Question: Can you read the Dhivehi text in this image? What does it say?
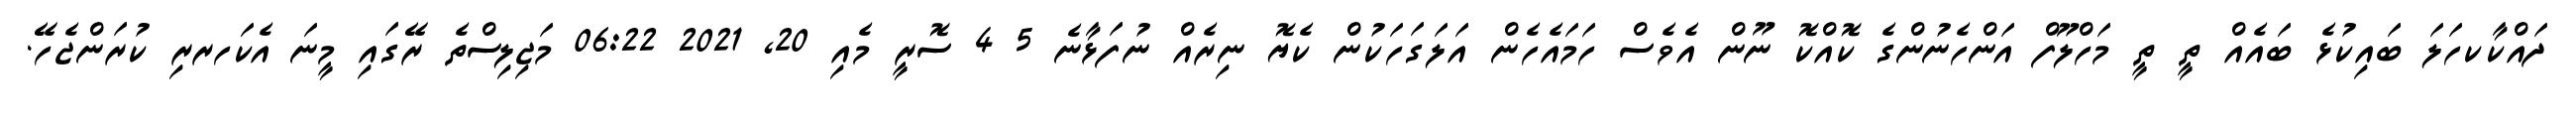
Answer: ދައްކާކހަލަ ބައިކުޅެ ބައެއް ތީ ތީ މަހްލޫފް އަންހެނުންގެ ކޮއްކޮ ނޫން އެވެސް ހަމައެހެން އަލަގަހަކުން ކެޔޮ ނިރެއް ނުފަޅާނެ 5 4 ސޮރީ މެއި 20, 2021 06:22 މަޖިލިސްތެ ރޭގައި މީނަ އެކަހރރި ކުރަންޖެހޭ.